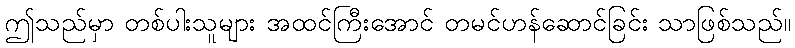
ဤသည်မှာ တစ်ပါးသူများ အထင်ကြီးအောင် တမင်ဟန်ဆောင်ခြင်း သာဖြစ်သည်။